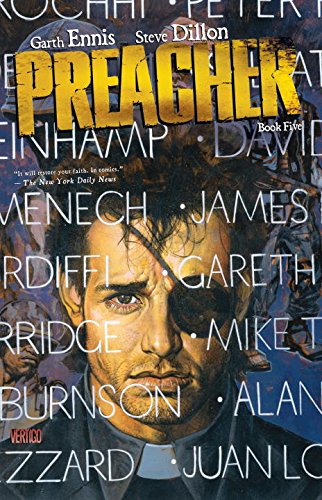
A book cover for Preacher Book Five; Garth Ennis; Comics & Graphic Novels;